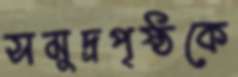
সমুদ্রপৃষ্ঠকে